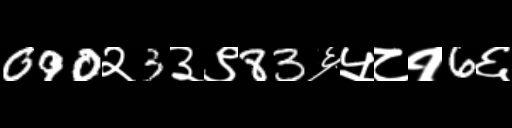
Text: 090२3३९83६५८१6६